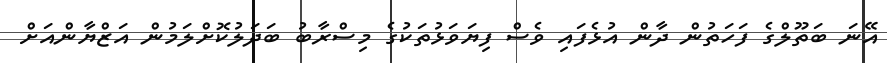
އޭނަ ބަތޫލްގެ ފަހަތުން ދާން އުޅެފައި ވެސް ފިޔަވަޅުތަކުގެ މިސްރާބު ބަދަލުކޮށްލަމުން އަޒްޔާންއަށް